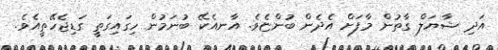
އަދި ޝާޔަލް ގާތުން މާފަށް އެދެން ބުންޏެވެ. އާނއެކޭ ބުނަމުން ހިގައިގަތީ ގަޑިޖެހޭތީއެވެ.